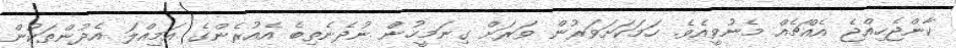
ކާންޖެހިއްޖެ އެއްޗެއް މެނުވީއެވެ. ހަމަކަށަވަރުން ވަރަށް ގިނަމީހުން ނުދެނެތިބެ އެއުރެންގެ އަމިއްލަ އެދުންތަކުން